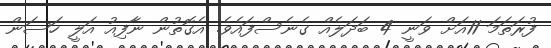
ފުރަތަމަ 11އަށް ވަނީ 4 ބަދަލެއް ގެނެސްފައެވެ. އެގޮތުން ނާފިއު އަލީ ހަސަން